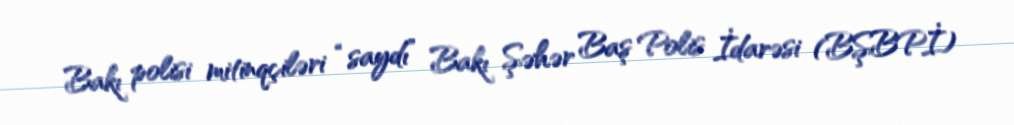
Bakı polisi mitinqçiləri “saydı” Bakı Şəhər Baş Polis İdarəsi (BŞBPİ)